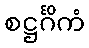
စဋ္ဌင်္ဂိကံ